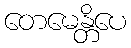
တေမေန္တိပေ